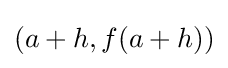
(a+h,f(a+h))